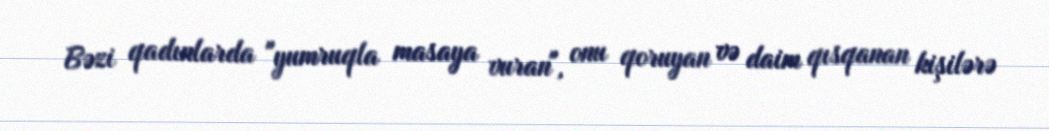
Bəzi qadınlarda "yumruqla masaya vuran", onu qoruyan və daim qısqanan kişilərə